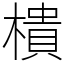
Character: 樻